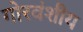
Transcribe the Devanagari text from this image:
गोरवंशीय